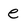
Character: e